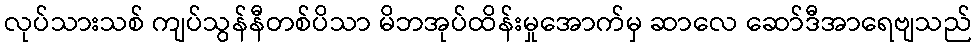
လုပ်သားသစ် ကျပ်သွန်နီတစ်ပိသာ မိဘအုပ်ထိန်းမှုအောက်မှ ဆာလေ ဆော်ဒီအာရေဗျသည်